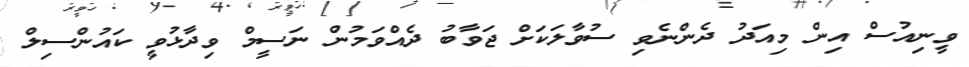
ވީނިއުސް އިން މިއަދު ދެންނެވި ސުވާލަކަށް ޖަވާބު ދެއްވަމުން ނަސީމް ވިދާޅުވީ ކައުންސިލް